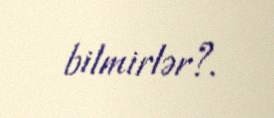
bilmirlər?.